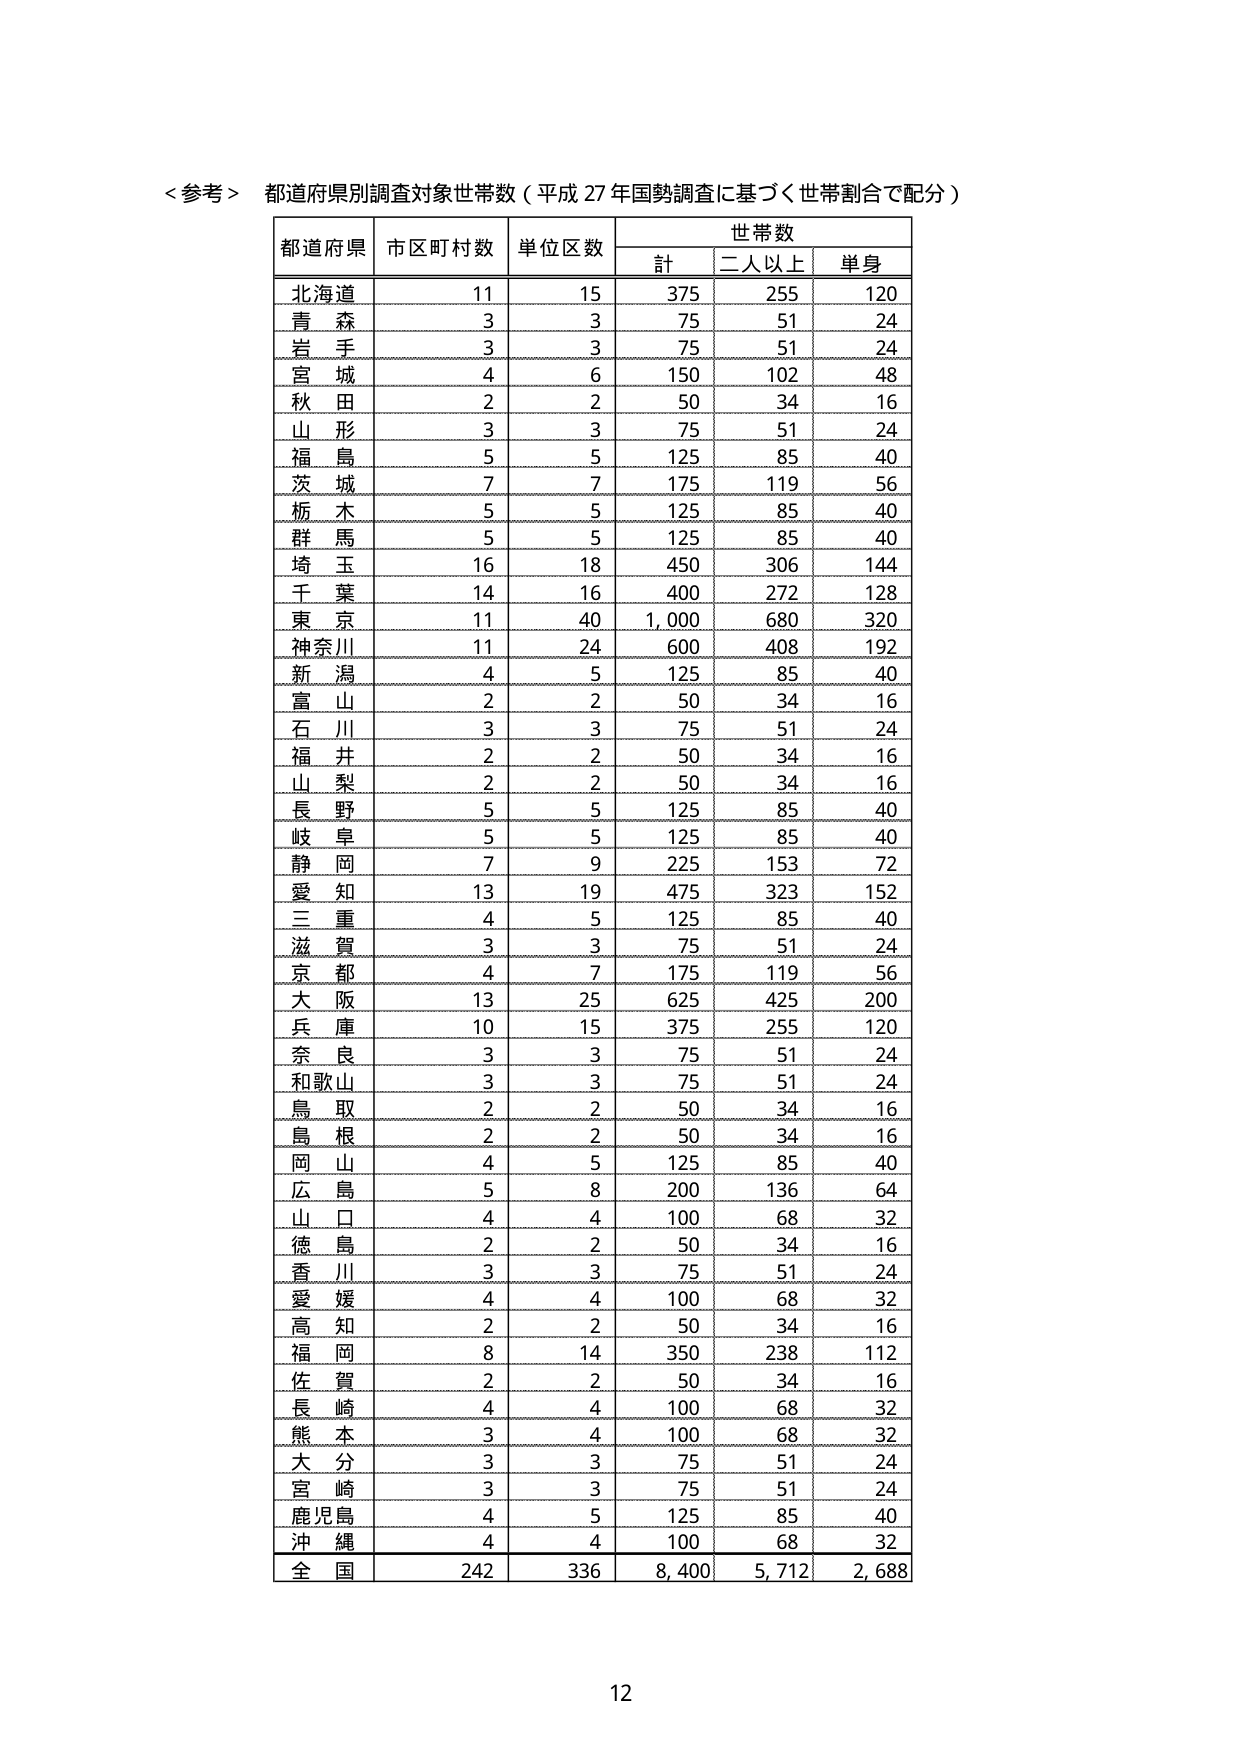
＜参考＞ 都道府県別調査対象世帯数（平成27年国勢調査に基づく世帯割合で配分）

都道府県 市区町村数 単位区数 世帯数
　　　　　　　　　　　　計 二人以上 単身

北海道 11 15 375 255 120
青森 3 3 75 51 24
岩手 3 3 75 51 24
宮城 4 6 150 102 48
秋田 2 2 50 34 16
山形 3 3 75 51 24
福島 5 5 125 85 40
茨城 7 7 175 119 56
栃木 5 5 125 85 40
群馬 5 5 125 85 40
埼玉 16 18 450 306 144
千葉 14 16 400 272 128
東京 11 40 1,000 680 320
神奈川 11 24 600 408 192
新潟 4 5 125 85 40
富山 2 2 50 34 16
石川 3 3 75 51 24
福井 2 2 50 34 16
山梨 2 2 50 34 16
長野 5 5 125 85 40
岐阜 5 5 125 85 40
静岡 7 9 225 153 72
愛知 13 19 475 323 152
三重 4 5 125 85 40
滋賀 3 3 75 51 24
京都 4 7 175 119 56
大阪 13 25 625 425 200
兵庫 10 15 375 255 120
奈良 3 3 75 51 24
和歌山 3 3 75 51 24
鳥取 2 2 50 34 16
島根 2 2 50 34 16
岡山 4 5 125 85 40
広島 5 8 200 136 64
山口 4 4 100 68 32
徳島 2 2 50 34 16
香川 3 3 75 51 24
愛媛 4 4 100 68 32
高知 2 2 50 34 16
福岡 8 14 350 238 112
佐賀 2 2 50 34 16
長崎 4 4 100 68 32
熊本 3 4 100 68 32
大分 3 3 75 51 24
宮崎 3 3 75 51 24
鹿児島 4 5 125 85 40
沖縄 4 4 100 68 32

全国 242 336 8,400 5,712 2,688

12